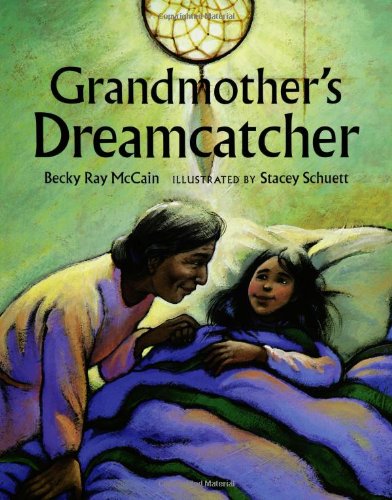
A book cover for Grandmother's Dreamcatcher; Becky Ray McCain; Children's Books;